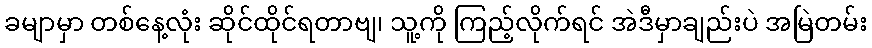
ခမျာမှာ တစ်နေ့လုံး ဆိုင်ထိုင်ရတာဗျ၊ သူ့ကို ကြည့်လိုက်ရင် အဲဒီမှာချည်းပဲ အမြဲတမ်း